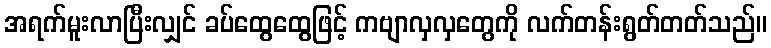
အရက်မူးလာပြီးလျှင် ခပ်ထွေထွေဖြင့် ကဗျာလှလှတွေကို လက်တန်းရွတ်တတ်သည်။